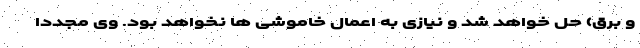
و برق) حل خواهد شد و نیازی به اعمال خاموشی ها نخواهد بود. وی مجددا